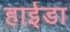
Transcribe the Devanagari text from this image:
हाईडा